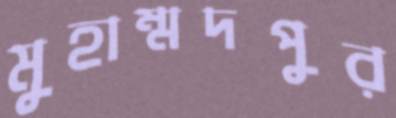
মুহাম্মদপুর